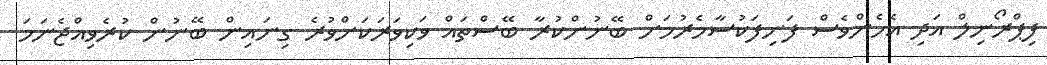
ފިޕްރޯނިލް އަދި އެހެންވެސް ފަނިފަކުސާމެރުމަށް ބޭނުންކުރާ ބޭސްތައް ވަކިވަރަކަށްވުރެ ގިނައިން ބޭނުން ކުރެވިއްޖެނަމަ